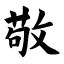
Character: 敬